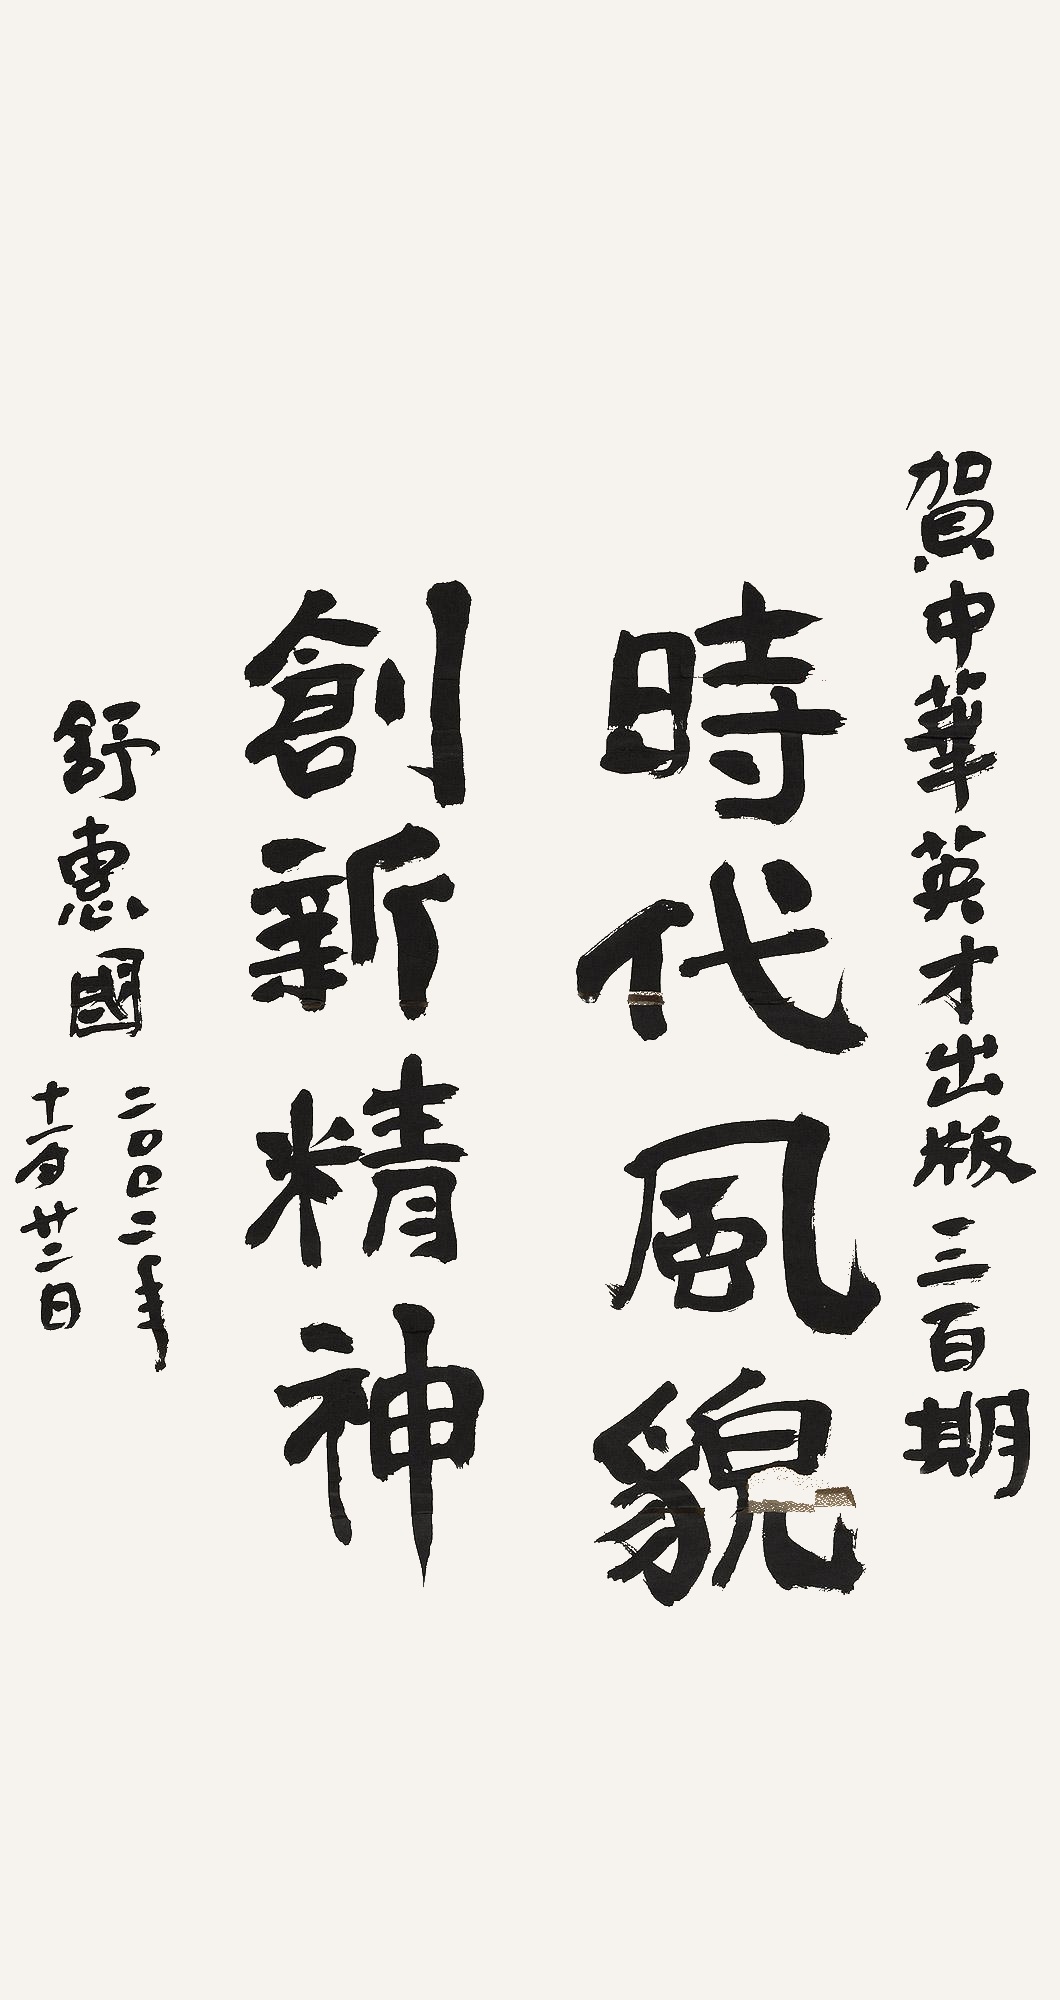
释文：时代风貌，创新精神贺《中华英才》出版三百期。舒惠国，二〇〇二年十一月廿二日。